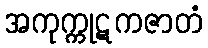
အကုက္ကုဋကဇာတံ